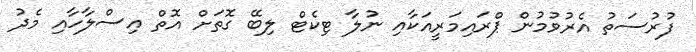
ފުރުސަތު އެރުވުމުން ޕްރައިމަރީއަކާއި ނުލާ ޓިކެޓް ލިބޭ ގޮތަށް އޮތް އިސްލާހާއި މެދު